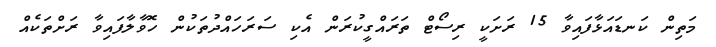
މަތިން ކަނޑައަޅާފައިވާ 15 ރަށަކީ ރިސޯޓް ތަރައްގީކުރަން އެކި ސަރަހައްދުތަކުން ހޮވާލާފައިވާ ރަށްތަކެއް